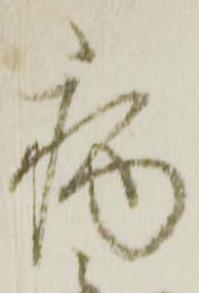
病